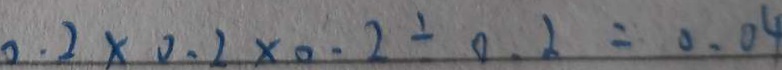
0 . 2 \times 0 . 2 \times 0 . 2 \div 0 . 2 = 0 . 0 4